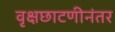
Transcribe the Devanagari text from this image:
वृक्षछाटणीनंतर